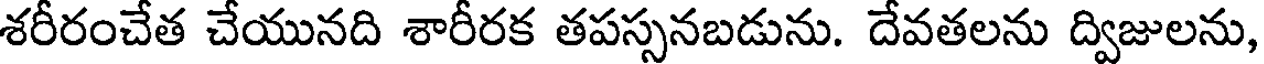
శరీరంచేత చేయునది శారీరక తపస్సనబడును. దేవతలను ద్విజులను,